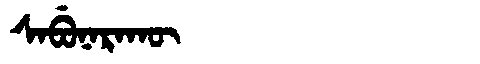
Manchu: ᠰᠠᠪᡠᠨᠠᡵᠠᡴᡡ
Romanization: SABUNARAKŪ